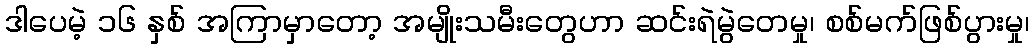
ဒါပေမဲ့ ၁၆ နှစ် အကြာမှာတော့ အမျိုးသမီးတွေဟာ ဆင်းရဲမွဲတေမှု၊ စစ်မက်ဖြစ်ပွားမှု၊